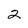
Character: 2